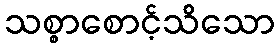
သစ္စာစောင့်သိသော